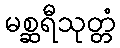
မစ္ဆရီသုတ္တံ